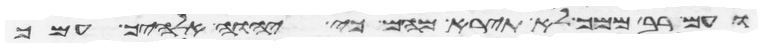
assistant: ועם רב ממך לא תירא מהם כי יהוה אלהיך עמך